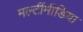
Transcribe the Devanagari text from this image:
मल्टींमीडिया